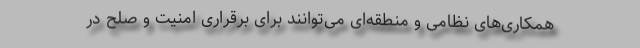
همکاری‌های نظامی و منطقه‌ای می‌توانند برای برقراری امنیت و صلح در